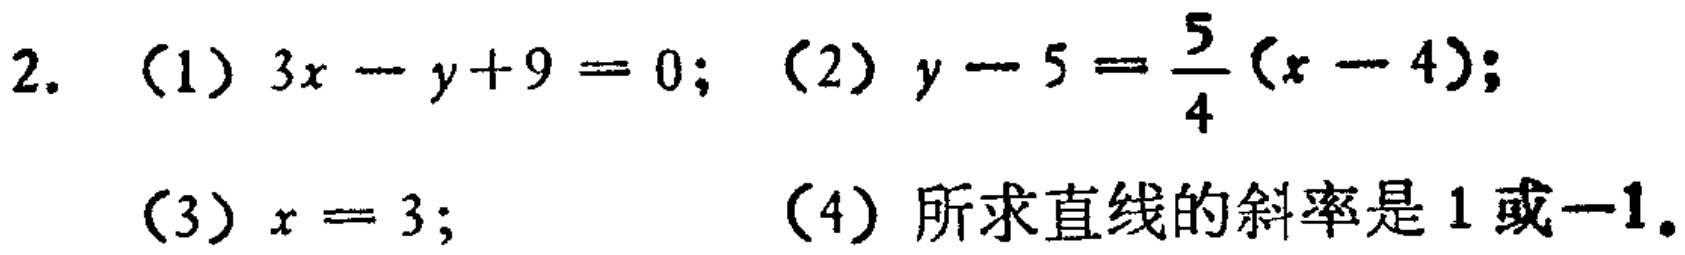
2. （1）\(3x - y + 9 = 0\); （2）\(y - 5 = \frac{5}{4}(x - 4)\); （3）\(x = 3\); （4）所求直线的斜率是\(1\)或\(-1\).